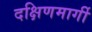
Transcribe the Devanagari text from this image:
दक्षिणमार्गी